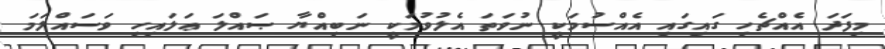
މިފަދަ އެއްޗެހި ގައިގައި އެއްސުމަކީ ނުވަތަ އެލުވުމަކީ ނަބިއްޔާ ޞައްލަ ޢަލައިހި ވަސައްލަމަ